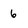
Character: 6